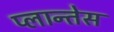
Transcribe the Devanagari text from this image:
प्लान्तेस